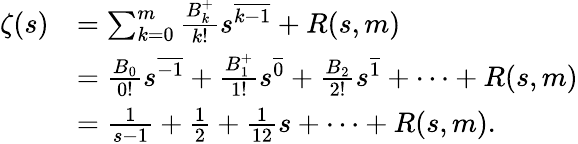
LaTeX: {\begin{array}{rl}{\zeta(s)}&{=\sum_{k=0}^{m}{\frac{B_{k}^{+}}{k!}}s^{\overline{{k-1}}}+R(s,m)}\\ &{={\frac{B_{0}}{0!}}s^{\overline{{-1}}}+{\frac{B_{1}^{+}}{1!}}s^{\overline{{0}}}+{\frac{B_{2}}{2!}}s^{\overline{{1}}}+\cdots+R(s,m)}\\ &{={\frac{1}{s-1}}+{\frac{1}{2}}+{\frac{1}{12}}s+\cdots+R(s,m).}\end{array}}